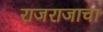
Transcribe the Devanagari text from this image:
राजराजाचा